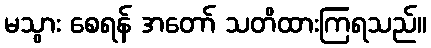
မသွား စေရန် အတော် သတိထားကြရသည်။